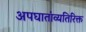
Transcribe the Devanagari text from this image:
अपघातांव्यतिरिक्त